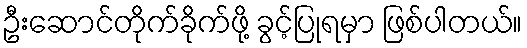
ဦးဆောင်တိုက်ခိုက်ဖို့ ခွင့်ပြုရမှာ ဖြစ်ပါတယ်။